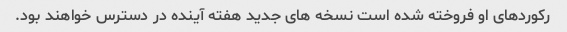
رکوردهای او فروخته شده است نسخه های جدید هفته آینده در دسترس خواهند بود.